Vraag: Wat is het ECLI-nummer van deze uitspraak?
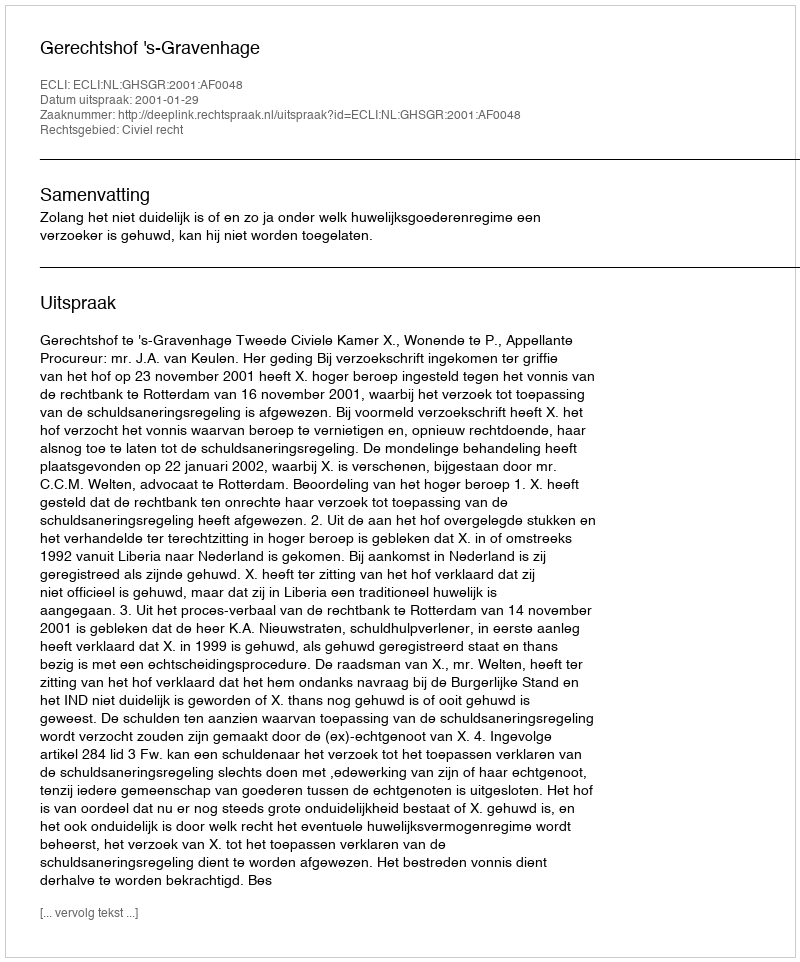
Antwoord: ECLI:NL:GHSGR:2001:AF0048